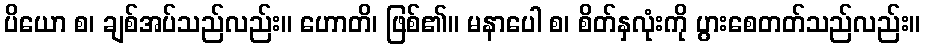
ပိယော စ၊ ချစ်အပ်သည်လည်း။ ဟောတိ၊ ဖြစ်၏။ မနာပေါ စ၊ စိတ်နှလုံးကို ပွားစေတတ်သည်လည်း။